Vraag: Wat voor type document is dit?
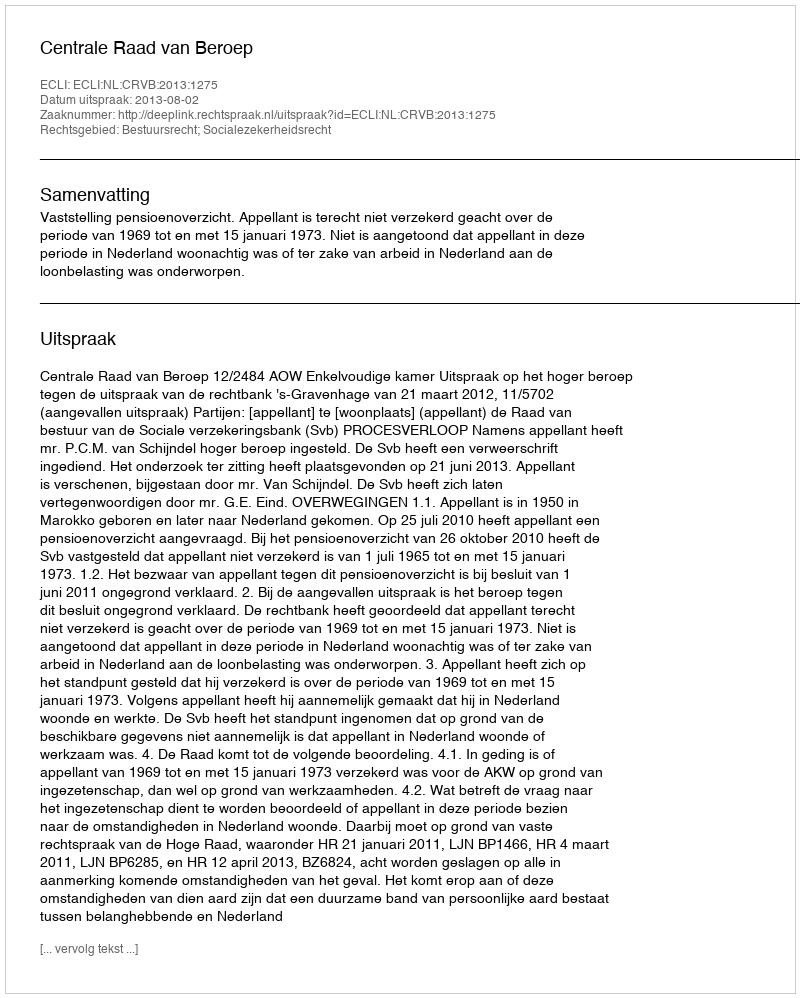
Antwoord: Uitspraak